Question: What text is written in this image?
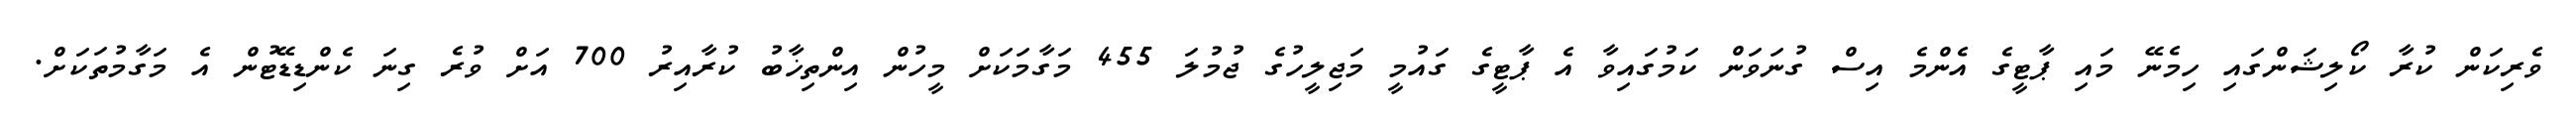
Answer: ވެރިކަން ކުރާ ކޯލިޝަންގައި ހިމެނޭ މައި ޕާޓީގެ އެންމެ އިސް ގުނަވަން ކަމުގައިވާ އެ ޕާޓީގެ ގައުމީ މަޖިލީހުގެ ޖުމުލަ 455 މަގާމަކަށް މީހުން އިންތިޚާބު ކުރާއިރު 700 އަށް ވުރެ ގިނަ ކެންޑިޑޭޓުން އެ މަގާމުތަކަށް.